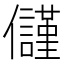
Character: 𭀑